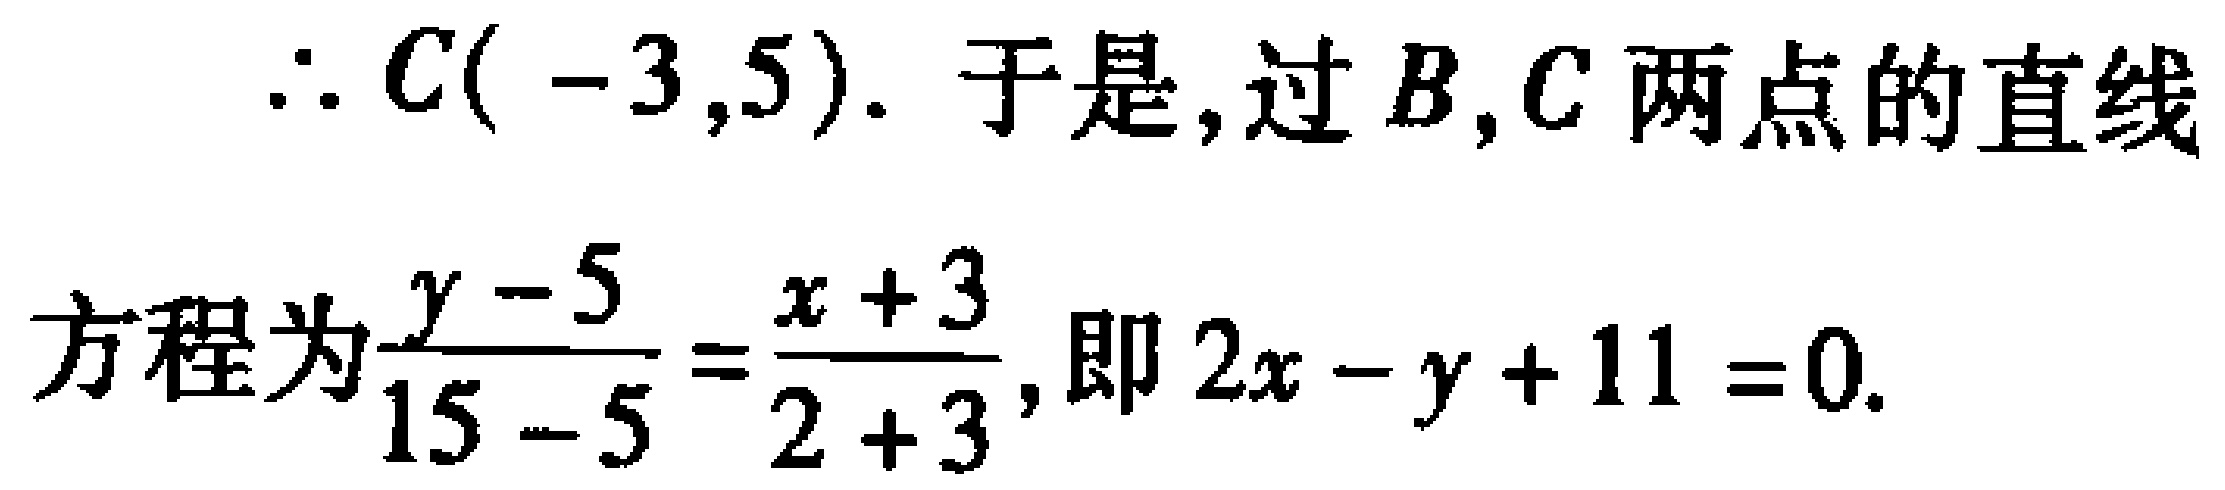
\(\therefore C(-3,5).\) 于是, 过 \(B,C\) 两点的直线
方程为\(\frac{y - 5}{15 - 5}=\frac{x + 3}{2 + 3}\), 即 \(2x - y + 11 = 0.\)